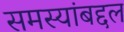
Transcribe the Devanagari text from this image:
समस्यांबद्दल